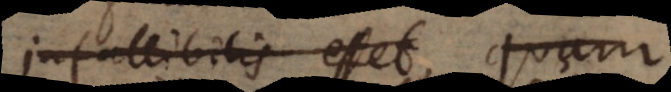
infallibilis esset, cui